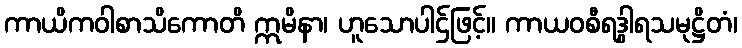
ကာယိကဝါစာသိကောတိ ဣမိနာ၊ ဟူသောပါဌ်ဖြင့်။ ကာယဝစီရဒွါရသမုဋ္ဌိတံ၊